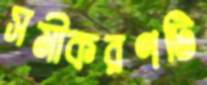
সমীকরণটি